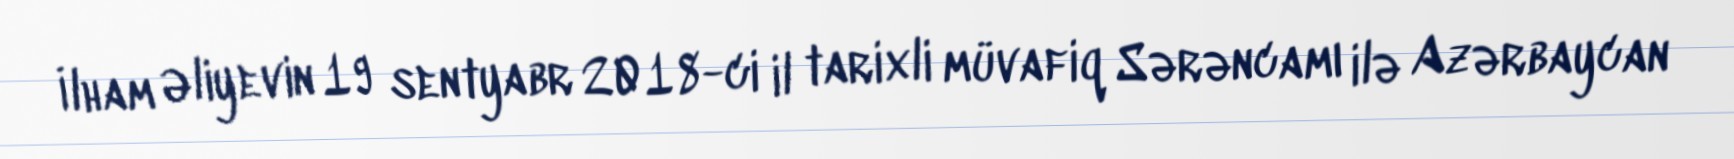
İlham Əliyevin 19 sentyabr 2018-ci il tarixli müvafiq Sərəncamı ilə Azərbaycan